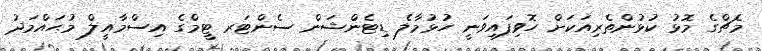
މެޗްގެ މޮޅު ކުޅުންތެރިއަކަށް ހޮވިފައިވަނީ ހުޅުމާލެ ޑިޓެންޝަން ސެންޓަރ ޓީމްގެ އިސްމާއީލް މުޙައްމަދު